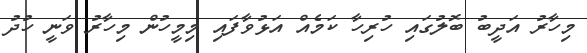
މިހާރު އަދީބު ބޮލުގައި ހުރިހާ ކަމެއް އަޅުވާފައި މިމީހުން މިހާރު ވަނީ ހުދު